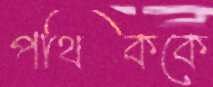
পথিককে